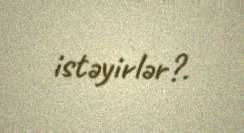
istəyirlər?.